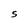
Character: S